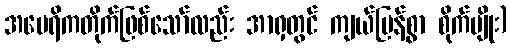
အမေရိကတိုက်ဖြစ်သော်လည်း အာရှတွင် ကျယ်ပြန့်စွာ စိုက်ပျိုး)